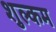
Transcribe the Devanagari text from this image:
शुल्कम